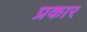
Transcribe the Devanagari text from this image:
प्रकार